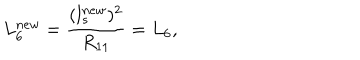
LaTeX: L _ { 6 } ^ { n e w } = \frac { ( l _ { s } ^ { n e w } ) ^ { 2 } } { R _ { 1 1 } } = L _ { 6 } ,